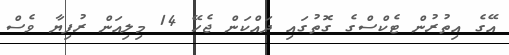
އޭގެ އިތުރުން ޓެކްސްގެ ގޮތުގައި ދައްކަން ޖެހޭ 14 މިލިއަން ރުފިޔާ ވެސް